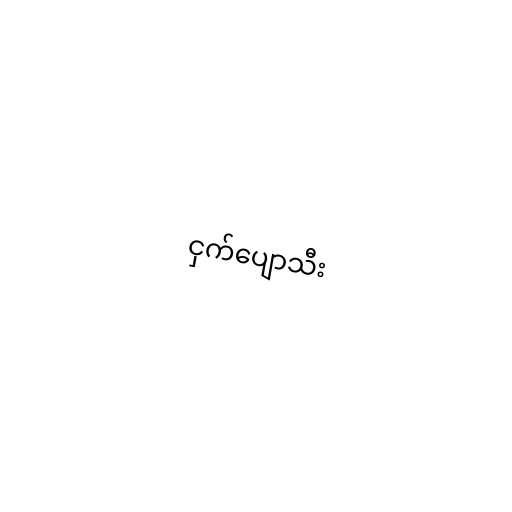
ငှက်ပျောသီး